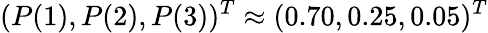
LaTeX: (P(1),P(2),P(3))^{T}\approx(0.70,0.25,0.05)^{T}